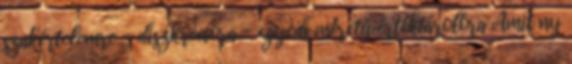
szakértelemre - diszkrécióra - egyedi méretű értéktárolóra Amit ny